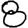
Digit: 8